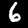
Digit: 6